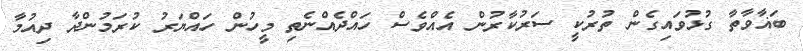
ބަޣާވާތާ ގުޅުވައިގެން ތުރުކީ ސަރުކާރުން އެއްވެސް ހައްދެއްނެތި މީހުން ހައްޔަރު ކުރަމުންދާ ދިއުމާ